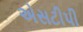
એસટીપી